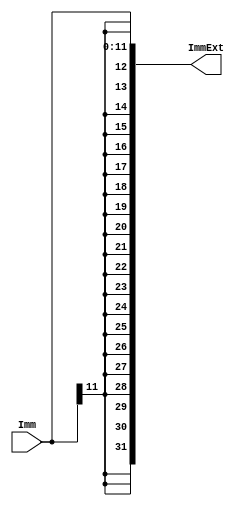
module sign_extension(Imm,ImmExt);

    input [11:0] Imm;
    output [31:0] ImmExt;

    assign ImmExt = {{20{Imm[11]}},Imm};

endmodule